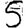
Digit: 5